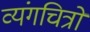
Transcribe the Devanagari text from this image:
व्यंगचित्रों